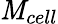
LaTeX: \mathit{M}_{cell}